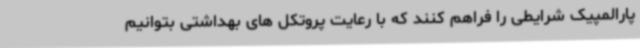
پارالمپیک شرایطی را فراهم کنند که با رعایت پروتکل های بهداشتی بتوانیم